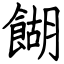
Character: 餬